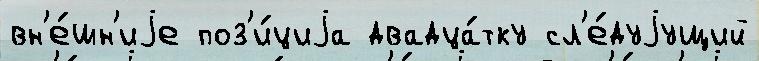
вн'е́шн'иjе поз'и́циjа двадца́тку сл'е́дуjущий